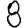
Digit: 8